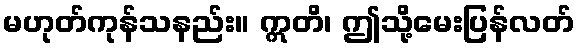
မဟုတ်ကုန်သနည်း။ ဣတိ၊ ဤသို့မေးပြန်လတ်